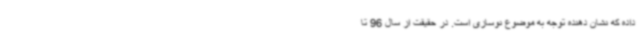
داده که نشان دهنده توجه به موضوع نوسازی است. در حقیقت از سال 96 تا